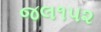
જલ૧૫૨